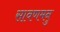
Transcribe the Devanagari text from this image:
सावणमनु